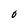
Character: O